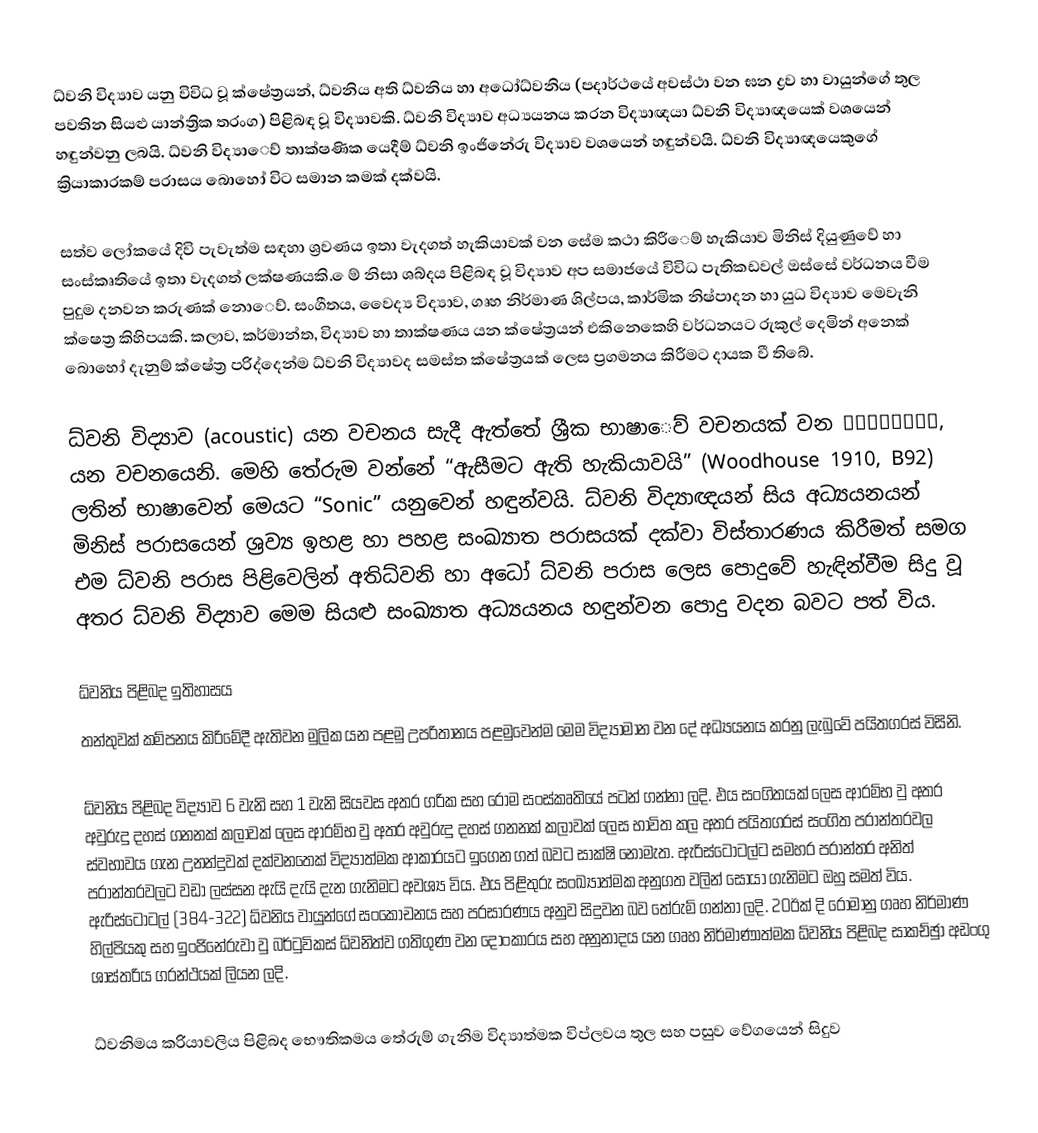
ධ්‍වනි විද්‍යාව යනු විවිධ වූ ක්ෂේත්‍රයන්, ධ්වනිය අති ධ්වනිය හා අධෝධ්වනිය (පදාර්ථයේ අවස්ථා වන ඝන ද්‍රව හා වායුන්ගේ තුල පවතින සියළු යාන්ත්‍රික තරංග) පිළිබඳ වූ විද්‍යාවකි. ධ්‍වනි විද්‍යාව අධ්‍යයනය කරන විද්‍යාඥයා ධ්‍වනි විද්‍යාඥයෙක් වශයෙන් හඳුන්වනු ලබයි. ධ්වනි විද්‍යා‍ෙව් තාක්ෂණික යෙදීම්‍ ධ්‍වනි ඉංජිනේරු විද්‍යාව වශයෙන් හඳුන්වයි. ධ්‍වනි විද්‍යාඥයෙකුගේ ක්‍රියාකාරකම්‍ පරාසය බොහෝ විට සමාන කමක් දක්වයි.

සත්ව ලෝකයේ දිවි පැවැත්ම සඳහා ශ්‍රවණය ඉතා වැදගත් හැකියාවක් වන සේම කථා කිරී‍ෙම් හැකියාව මිනිස් දියුණු‍ෙව් හා සංස්කෘතියේ ඉතා වැදගත් ලක්ෂණයකි. ෙම්‍ නිසා ශබ්‍දය පිළිබඳ වූ විද්‍යාව අප සමාජයේ විවිධ පැතිකඩවල් ඔස්සේ වර්ධනය වීම පුදුම දනවන කරුණක් නො‍‍ෙව්‍. සංගීතය, වෛද්‍ය විද්‍යාව, ගෘහ නිර්මාණ ශිල්පය, කාර්මික නිෂ්පාදන හා යුධ විද්‍යාව මෙවැනි ක්ෂෙත්‍ර කිහිපයකි. කලාව, කර්මාන්ත, විද්‍යාව හා තාක්ෂණ‍ය යන ක්ෂේත්‍රයන් එකිනෙකෙහි වර්ධනයට රුකුල් දෙමින් අනෙක් බොහෝ දැනුම් ක්ෂේත්‍ර පරිද්දෙන්ම ධ්වනි විද්‍යාවද සමස්ත ක්ෂේත්‍රයක් ලෙස ප්‍රගමනය කිරීමට දායක වී තිබේ.

ධ්‍වනි විද්‍යාව (acoustic) යන වචනය සැදී ඇත්තේ ශ්‍රීක භාෂා‍ෙව් වචනයක් වන ακουστός, යන වචනයෙනි. මෙහි තේරුම වන්නේ “ඇසීමට ඇති හැකියාවයි” (Woodhouse 1910, B92) ලතින් භාෂාවෙන් මෙයට “Sonic” යනුවෙන් හඳුන්වයි. ධ්වනි විද්‍යාඥයන් සිය අධ්‍යයනයන් මිනිස් පරාසයෙන් ශ්‍රව්‍ය ඉහළ හා පහළ සංඛ්‍යාත පරාසයක් දක්වා විස්තාරණය කිරීමත් සමග එම ධ්වනි පරාස පිළිවෙලින් අතිධ්වනි හා අධෝ ධ්වනි පරාස ලෙස පොදුවේ හැඳින්වීම සිදු වූ අතර ධ්වනි විද්‍යාව මෙම සියළු සංඛ්‍යාත අධ්‍යයනය හඳුන්වන පොදු වදන බවට පත් විය.

ධ්වනිය පිළිබද ඉතිහාසය
තන්තුවක් කම්පනය කිරිමේදී ඇතිවන මුලික යන පළමු උපරිතානය පළමුවෙන්ම මෙම විද්‍යාමාන වන දේ අධ්‍යයනය කරනු ලැබුවේ පයිතගරස් විසිනි.

ධ්වනිය පිළිබද විද්‍යාව 6 වැනි සහ 1 වැනි සියවස අතර ග‍්‍රික සහ රෝම සංස්කෘතියේ පටන් ගන්නා ලදි. එය සංගිතයක් ලෙස ආරම්භ වු අතර අවුරුදු දහස් ගනනක් කලාවක් ලෙස ආරම්භ වු අතර අවුරුදු දහස් ගනනක් කලාවක් ලෙස භාවිත කල අතර පයිතගරස් සංගිත ප‍්‍රාන්තරවල ස්වභාවය ගැන උනන්දුවක් දක්වනතෙක් විද්‍යාත්මක ආකාරයට ඉගෙන ගත් බවට සාක්ෂි නොමැත. ඇරිස්ටෝටල්ට සමහර ප‍්‍රාන්තර අනිත් ප‍්‍රාන්තරවලට වඩා ලස්සන ඇයි දැයි දැන ගැනිමට අවශ්‍ය විය. එය පිළිතුරු සංඛ්‍යාත්මක අනුගත වලින් සොයා ගැනිමට ඔහු සමත් විය. ඇරිස්ටෝටල් (384-322) ධ්වනිය වායුන්ගේ සංකෝචනය සහ ප‍්‍රසාරණය අනුව සිදුවන බව තේරුම් ගන්නා ලදි. 20ඊක්‍ දි රෝමානු ගෘහ නිර්මාණ හිල්පියකු සහ ඉංජිනේරුවා වු බර්ටුවිකස් ධ්වනිත්ව ගතිගුණ වන දෝංකාරය සහ අනුනාදය යන ගෘහ නිර්මාණාත්මක ධ්වනිය පිළිබද සාකච්ඡුා අඩංගු ශාස්ත‍්‍රිය ග‍්‍රන්ථයක් ලියන ලදි.

ධ්වනිමය ක‍්‍රියාවලිය පිළිබද භෞතිකමය තේරුම් ගැනිම විද්‍යාත්මක විප්ලවය තුල සහ පසුව වේගයෙන් සිදුව